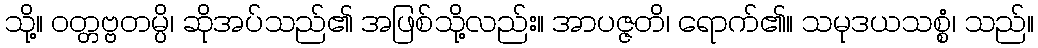
သို့။ ဝတ္တဗ္ဗတမ္ပိ၊ ဆိုအပ်သည်၏ အဖြစ်သို့လည်း။ အာပဇ္ဇတိ၊ ရောက်၏။ သမုဒယသစ္စံ၊ သည်။